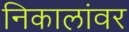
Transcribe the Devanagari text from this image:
निकालांवर